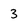
Character: 3